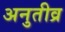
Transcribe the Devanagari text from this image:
अनुतीव्र